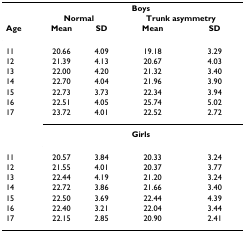
<table><thead><tr><td></td><td colspan="4"><b>Boys</b></td></tr><tr><td></td><td colspan="2"><b>Normal</b></td><td colspan="2"><b>Trunk asymmetry</b></td></tr><tr><td><b>Age</b></td><td><b>Mean</b></td><td><b>SD</b></td><td><b>Mean</b></td><td><b>SD</b></td></tr></thead><tbody><tr><td>11</td><td>20.66</td><td>4.09</td><td>19.18</td><td>3.29</td></tr><tr><td>12</td><td>21.39</td><td>4.13</td><td>20.67</td><td>4.03</td></tr><tr><td>13</td><td>22.00</td><td>4.20</td><td>21.32</td><td>3.40</td></tr><tr><td>14</td><td>22.70</td><td>4.04</td><td>21.96</td><td>3.90</td></tr><tr><td>15</td><td>22.73</td><td>3.73</td><td>22.34</td><td>3.94</td></tr><tr><td>16</td><td>22.51</td><td>4.05</td><td>25.74</td><td>5.02</td></tr><tr><td>17</td><td>23.72</td><td>4.01</td><td>22.52</td><td>2.72</td></tr><tr><td></td><td colspan="4"><b>Girls</b></td></tr><tr><td>11</td><td>20.57</td><td>3.84</td><td>20.33</td><td>3.24</td></tr><tr><td>12</td><td>21.55</td><td>4.01</td><td>20.37</td><td>3.77</td></tr><tr><td>13</td><td>22.44</td><td>4.19</td><td>21.20</td><td>3.24</td></tr><tr><td>14</td><td>22.72</td><td>3.86</td><td>21.66</td><td>3.40</td></tr><tr><td>15</td><td>22.50</td><td>3.69</td><td>22.44</td><td>4.39</td></tr><tr><td>16</td><td>22.40</td><td>3.21</td><td>22.04</td><td>3.44</td></tr><tr><td>17</td><td>22.15</td><td>2.85</td><td>20.90</td><td>2.41</td></tr></tbody></table>